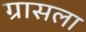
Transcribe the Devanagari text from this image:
ग्रासला